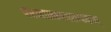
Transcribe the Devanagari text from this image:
परमात्मस्वरूपकम्